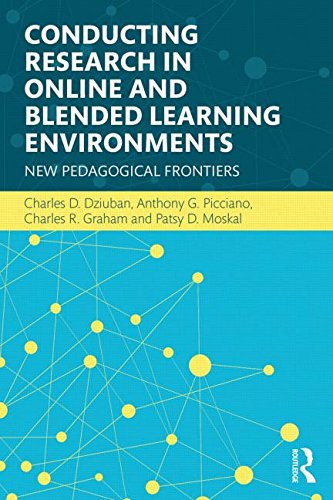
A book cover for Conducting Research in Online and Blended Learning Environments: New Pedagogical Frontiers; Charles D. Dziuban; Education & Teaching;